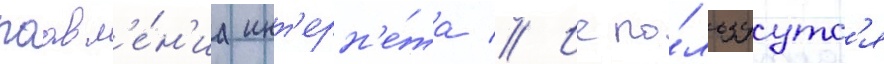
поавл'е́н'иа инт'ерн'е́та // Испо́льзуутс'я